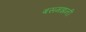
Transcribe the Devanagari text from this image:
बसमझनी